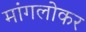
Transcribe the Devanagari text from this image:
मांगलोकर